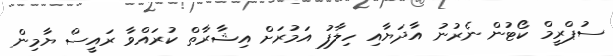
ސުޕްރީމް ކޯޓުން ނެރުނު އާދަޔާއި ހިލާފު އަމުރަށް އިޝާރާތް ކުރައްވާ ރައީސް ޔާމިން